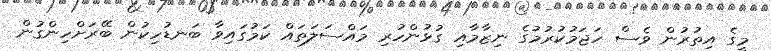
މީގެ އިތުރުން ވެސް ހަޖަމުކުރުމުގެ ނިޒާމާއި ގުޅުންހުރި މައްސަލަތައް ކަމުގައިވާ ބަނޑުހިކުން ބޭރަށްހިންގުން